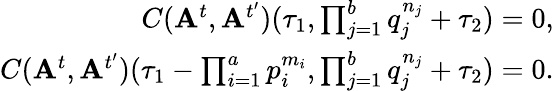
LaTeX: \begin{array}{r}{C(\mathbf{A}^{t},\mathbf{A}^{t^{\prime}})(\tau_{1},\prod_{j=1}^{b}q_{j}^{n_{j}}+\tau_{2})=0,}\\ {C(\mathbf{A}^{t},\mathbf{A}^{t^{\prime}})(\tau_{1}-\prod_{i=1}^{a}p_{i}^{m_{i}},\prod_{j=1}^{b}q_{j}^{n_{j}}+\tau_{2})=0.}\end{array}